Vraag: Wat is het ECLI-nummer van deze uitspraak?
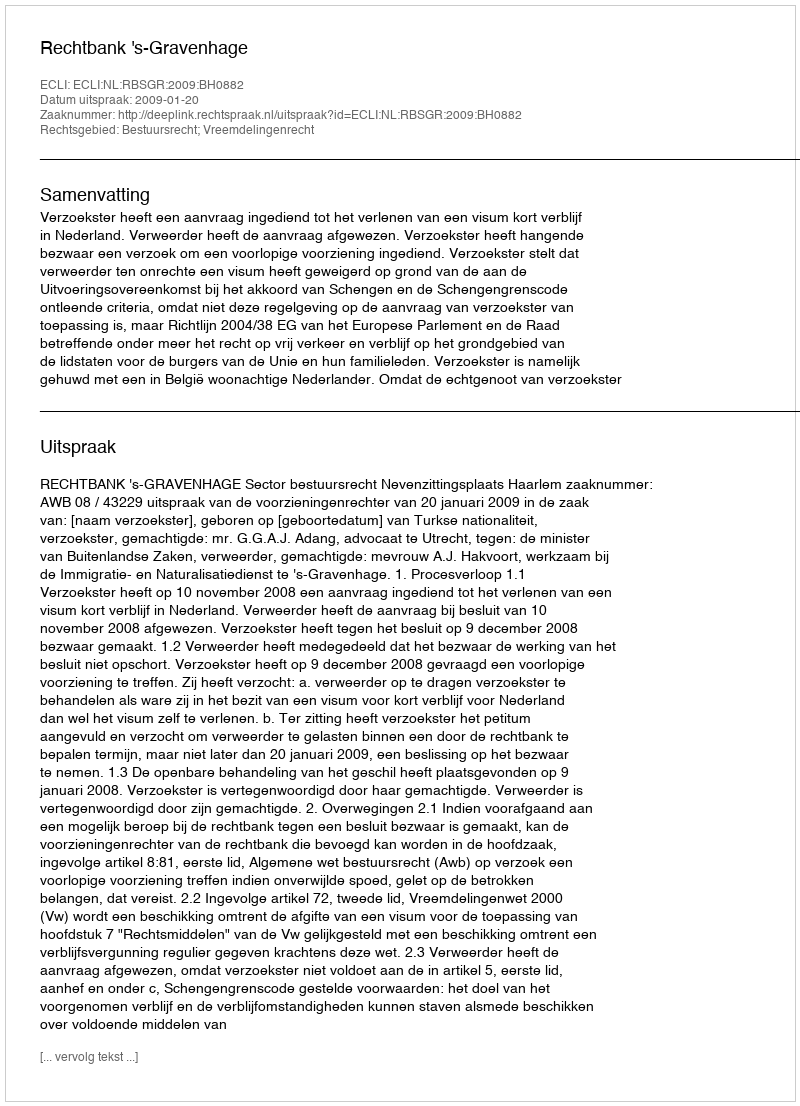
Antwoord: ECLI:NL:RBSGR:2009:BH0882